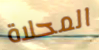
المحلاة